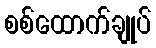
စစ်ထောက်ချုပ်